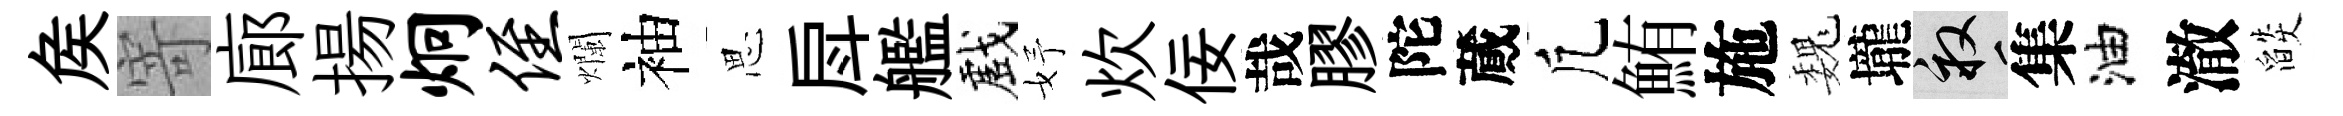
矦寄廊揚炯侄爛袖思戽艦戲妤炊佞哉膠陀蕆凢鮪施巍壠畝集油澈燄